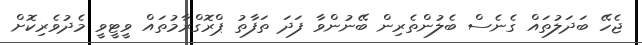
ޖެހޭ ބަދަލުތައް ގެނެސް ބެލުންތެރިން ބޭނުންވާ ފަދަ ތަފާތު ޕްރޮގްރާމުތައް ވީޓީވީ މެދުވެރިކޮށް